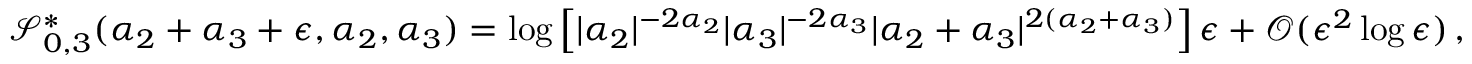
\begin{array} { r } { \mathcal { S } _ { 0 , 3 } ^ { \ast } ( \alpha _ { 2 } + \alpha _ { 3 } + \epsilon , \alpha _ { 2 } , \alpha _ { 3 } ) = \log \left[ | \alpha _ { 2 } | ^ { - 2 \alpha _ { 2 } } | \alpha _ { 3 } | ^ { - 2 \alpha _ { 3 } } | \alpha _ { 2 } + \alpha _ { 3 } | ^ { 2 ( \alpha _ { 2 } + \alpha _ { 3 } ) } \right] \epsilon + \mathcal { O } ( \epsilon ^ { 2 } \log \epsilon ) \, , } \end{array}